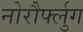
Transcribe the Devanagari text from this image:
नोरौर्फ्लुग